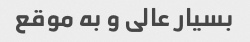
بسیار عالی و به موقع